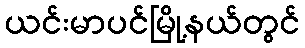
ယင်းမာပင်မြို့နယ်တွင်